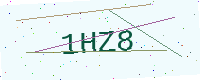
Text: 1HZ8